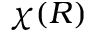
\chi ( R )